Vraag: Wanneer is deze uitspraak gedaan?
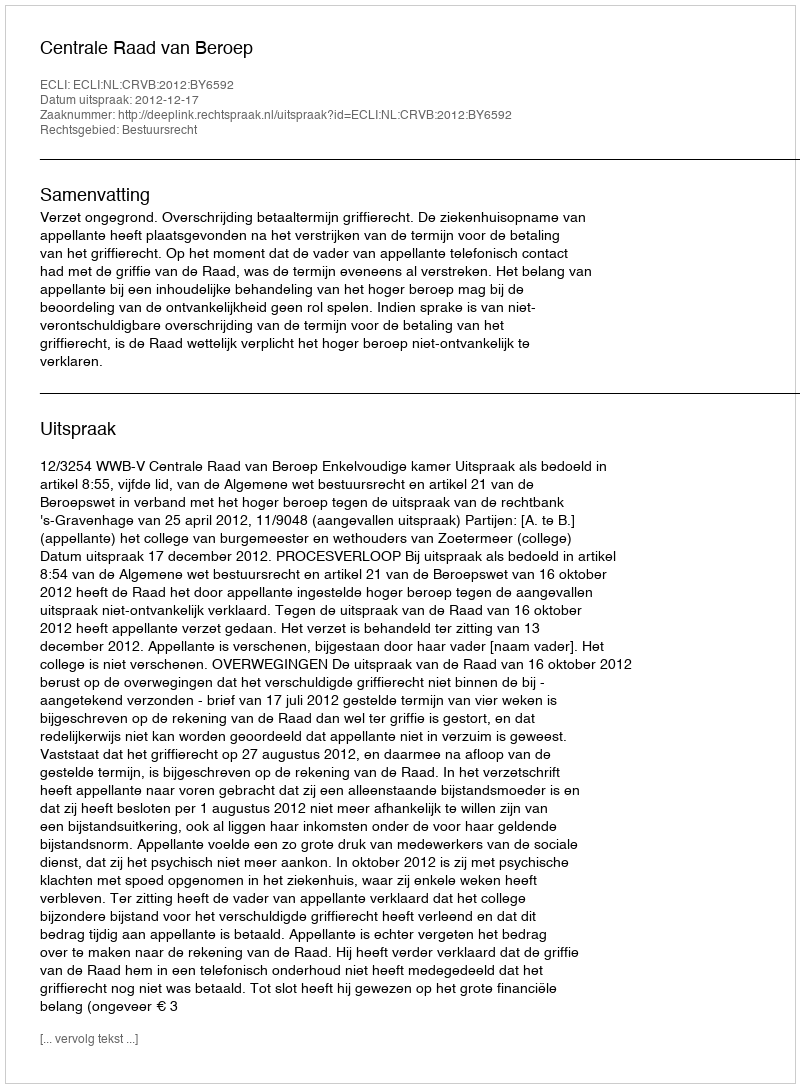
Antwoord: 2012-12-17